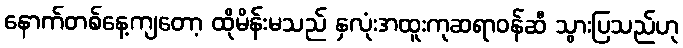
နောက်တစ်နေ့ကျတော့ ထိုမိန်းမသည် နှလုံးအထူးကုဆရာဝန်ဆီ သွားပြသည်ဟု